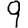
Digit: 9